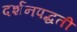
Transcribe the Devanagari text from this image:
दर्शनपद्धती